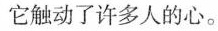
它触动了许多人的心.